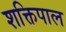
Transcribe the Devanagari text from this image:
शक्तिपाल